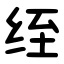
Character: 绖